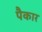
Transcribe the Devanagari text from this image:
पैकार